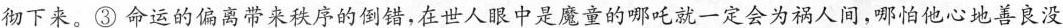
彻下来。③命运的偏离带来秩序的倒错，在世人眼中是魔童的哪吒就一定会为祸人间，哪怕他心地善良没